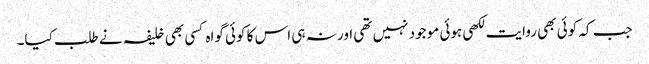
جب کہ کوئی بھی روایت لکھی ہوئی موجود نہیں تھی اور نہ ہی اس کا کوئی گواہ کسی بھی خلیفہ نے طلب کیا۔